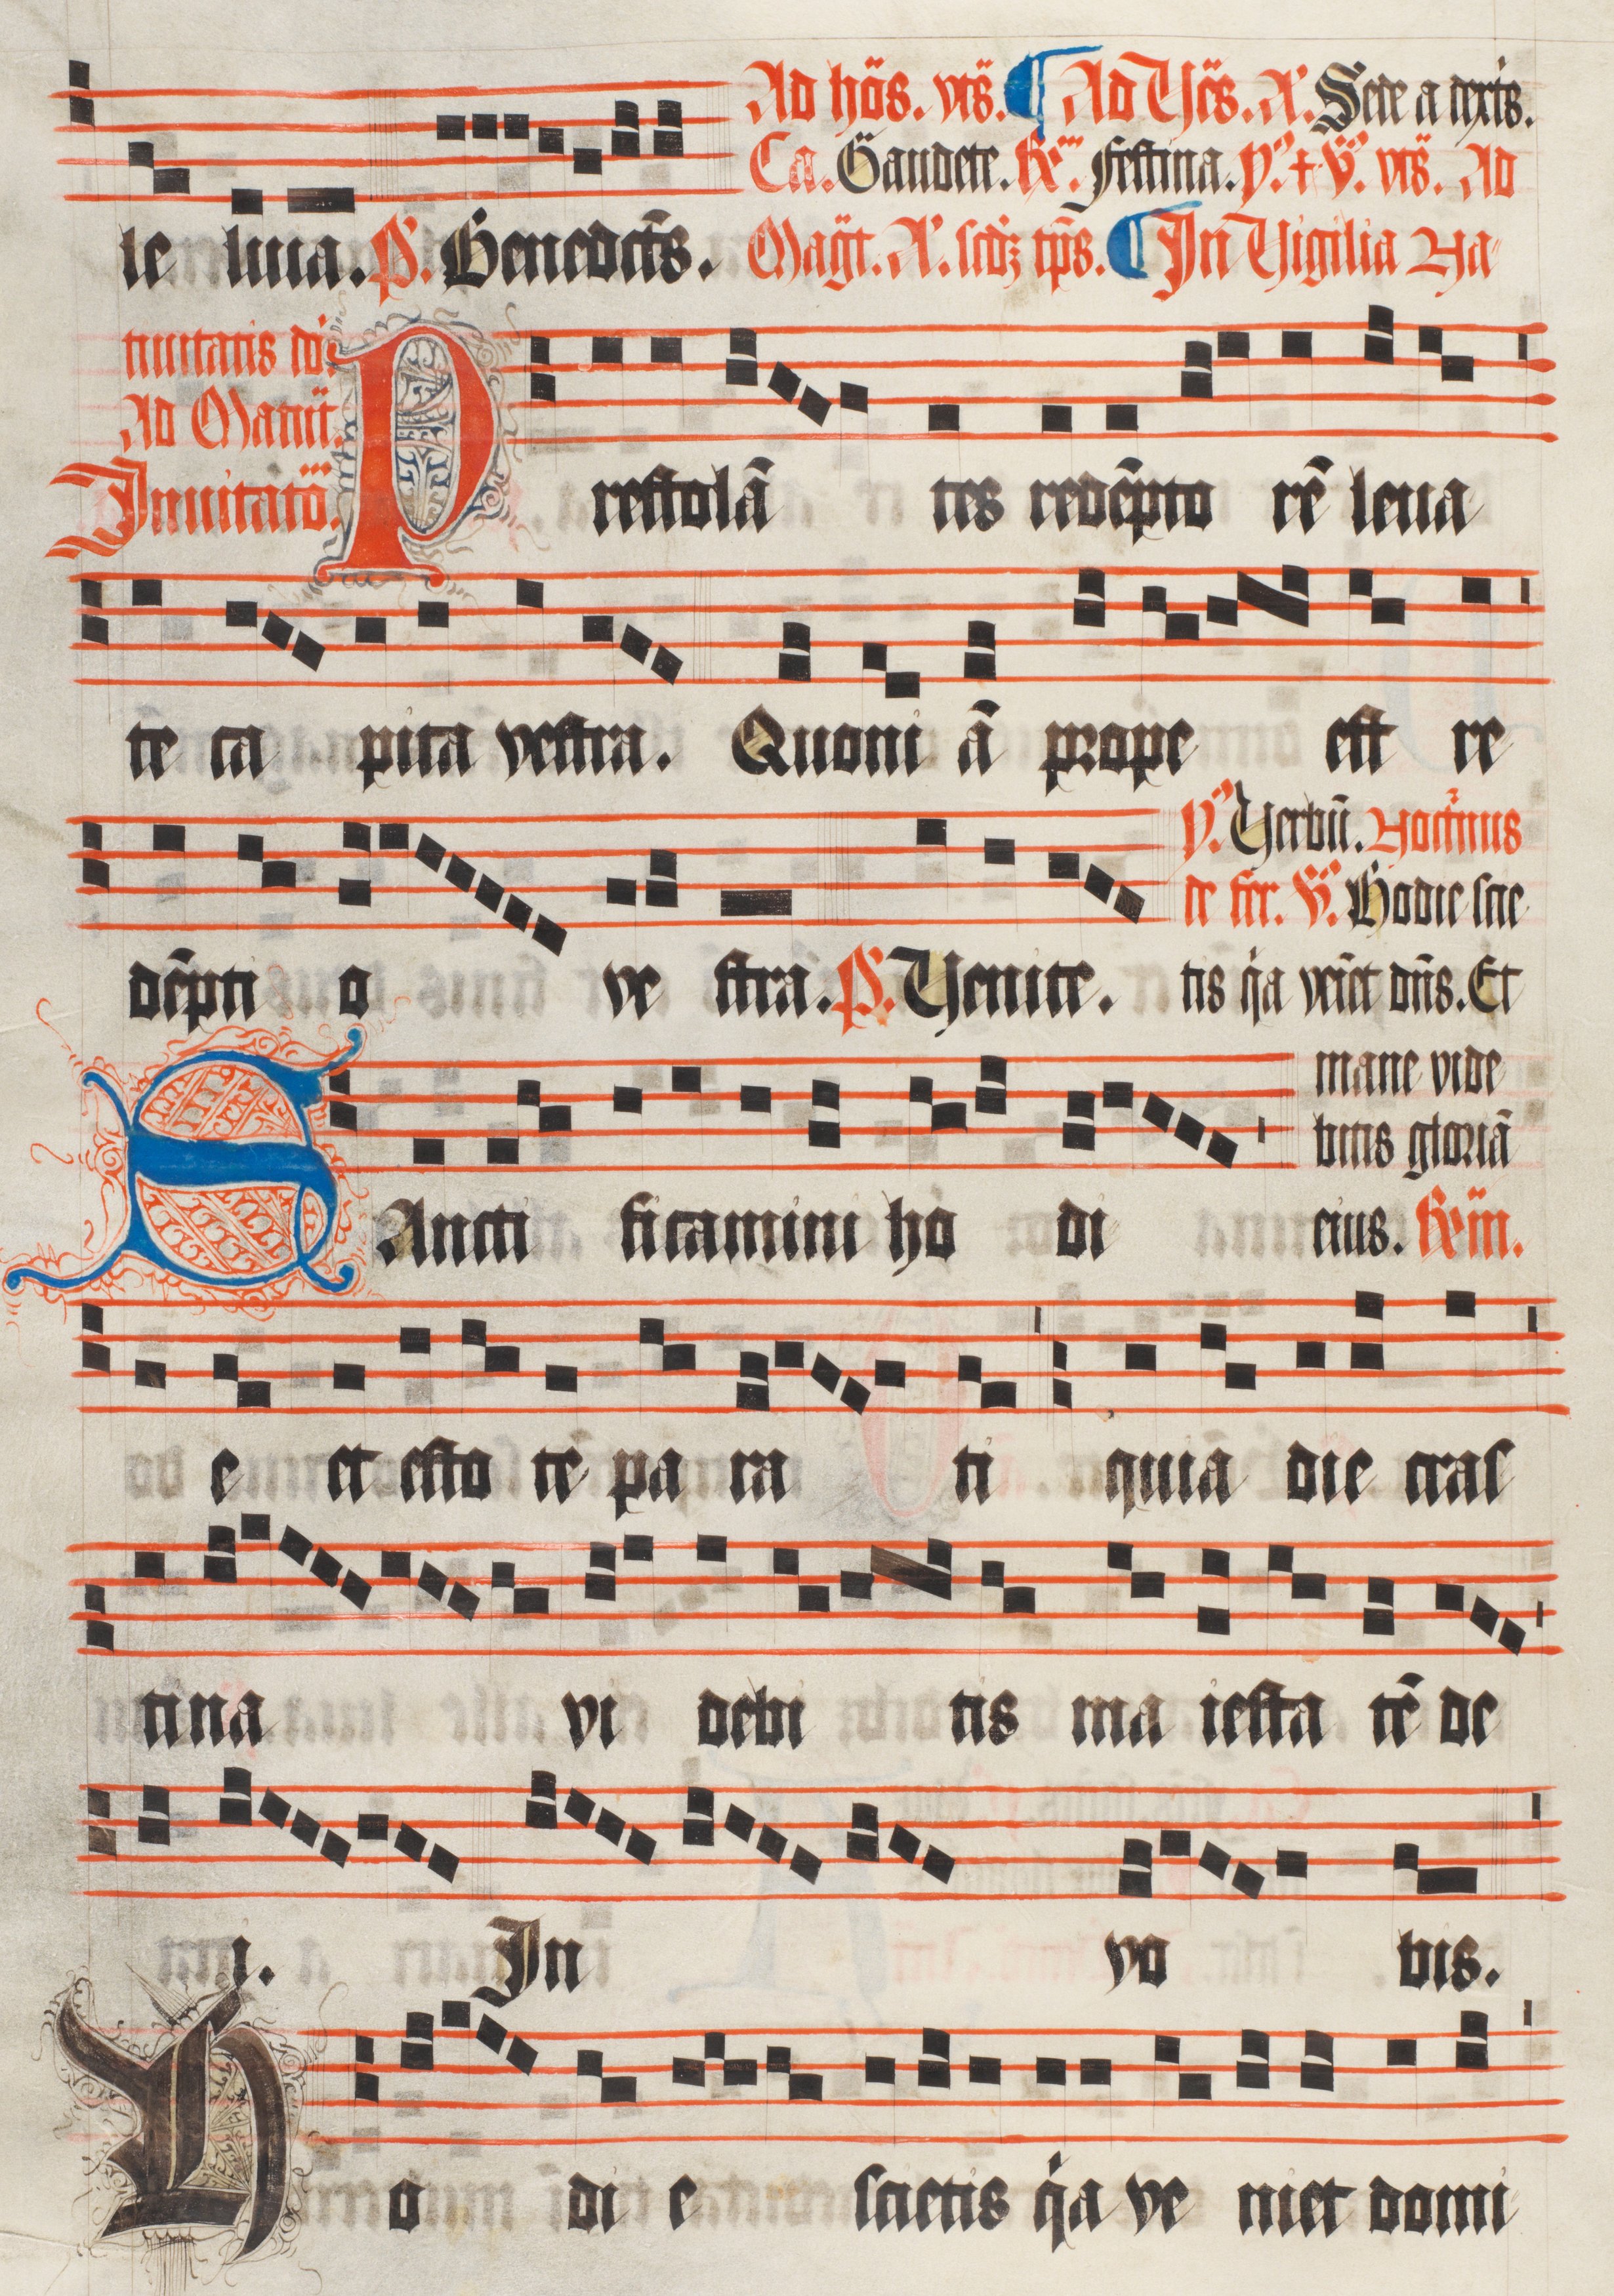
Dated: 1511–1517